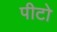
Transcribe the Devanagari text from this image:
पीटो